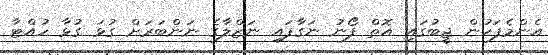
އެންމެފަހުން ޖީބުގައި އޮތް ފޯނު ނަގާފައި ނަޒްލާގެ ނަންބަރަށް ގުޅަ ގުޅާ ހުއްޓާ